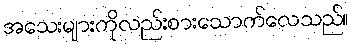
အသေးများကိုလည်းစားသောက်လေသည်။